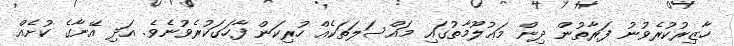
ހާޒިރުކުރެވުނު ފަރާތުން ދިން މަޢުލޫމާތުގައި މައްސަލަތަކެއް ހުރިކަން ފާހަގަކުރެވުނެވެ. އަދި އޭނާގެ ކުށެއް